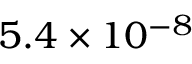
{ 5 . 4 \times 1 0 ^ { - 8 } }